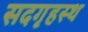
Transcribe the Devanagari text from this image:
सदगृहस्थ